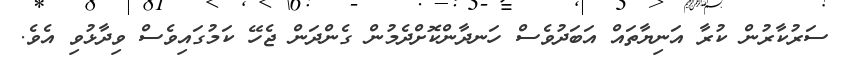
ސަރުކާރުން ކުރާ އަނިޔާތައް އަބަދުވެސް ހަނދާންކޮށްދެމުން ގެންދަން ޖެހޭ ކަމުގައިވެސް ވިދާޅުވި އެވެ.